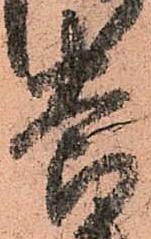
養